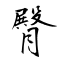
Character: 臀